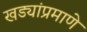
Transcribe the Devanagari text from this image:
खड्यांप्रमाणे